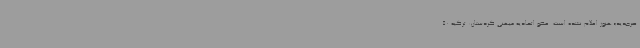
صرجدید» هنوز اعلام نشده است. عضو اتحادیه میهنی کردستان: ترکیه 50